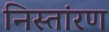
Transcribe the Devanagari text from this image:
निस्तांरण